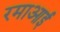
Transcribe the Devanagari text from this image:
रमाआई